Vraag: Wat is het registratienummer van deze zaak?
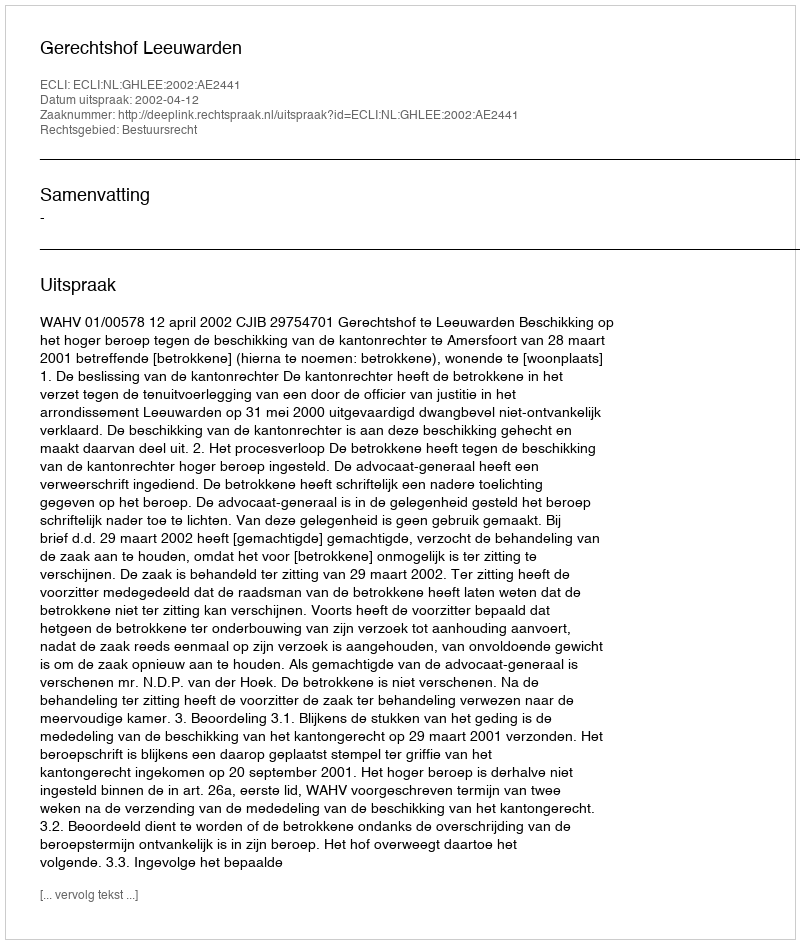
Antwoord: http://deeplink.rechtspraak.nl/uitspraak?id=ECLI:NL:GHLEE:2002:AE2441